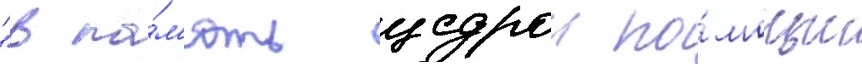
"в па́м'ять щедрои по́мощи